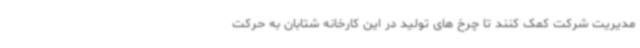
مدیریت شرکت کمک کنند تا چرخ های تولید در این کارخانه شتابان به حرکت